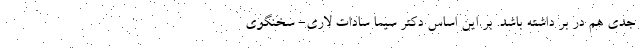
جدی هم در بر داشته باشد. بر این اساس دکتر سیما سادات لاری- سخنگوی